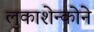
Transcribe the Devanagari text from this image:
लुकाशेन्कोने